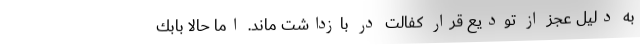
به ‌دليل عجز از توديع قرار كفالت در بازداشت ماند. اما حالا بابك‌